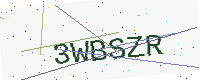
Text: 3WBSZR